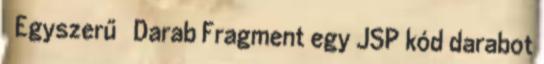
 Egyszerű  Darab Fragment egy JSP kód darabot